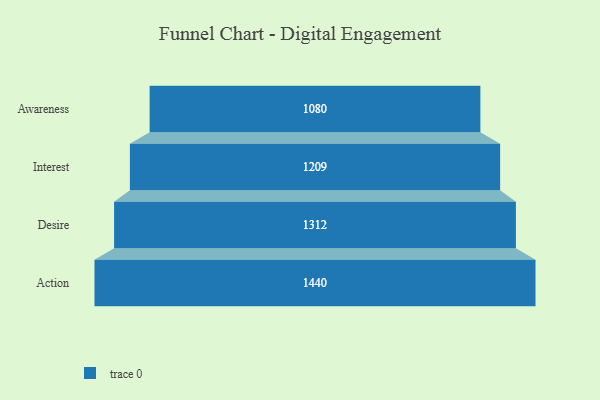
{"axis": {"x": "Stage", "y": "Value"}, "legend": [""], "data": [{"x": "Awareness", "y": 1080.0, "type": ""}, {"x": "Interest", "y": 1209.0, "type": ""}, {"x": "Desire", "y": 1312.0, "type": ""}, {"x": "Action", "y": 1440.0, "type": ""}]}